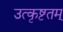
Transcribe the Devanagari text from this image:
उत्कृष्टतम्